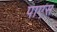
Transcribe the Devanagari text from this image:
पाएस